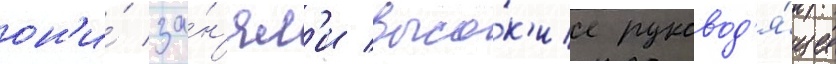
он'и́ за́н'ял'и высо́к'ие руковод'я́щие